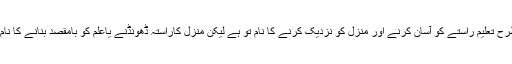
اس طرح تعلیم راستے کو آسان کرنے اور منزل کو نزدیک کرنے کا نام تو ہے لیکن منزل کاراستہ ڈھونڈنے یاعلم کو بامقصد بنانے کا نام نہیں۔